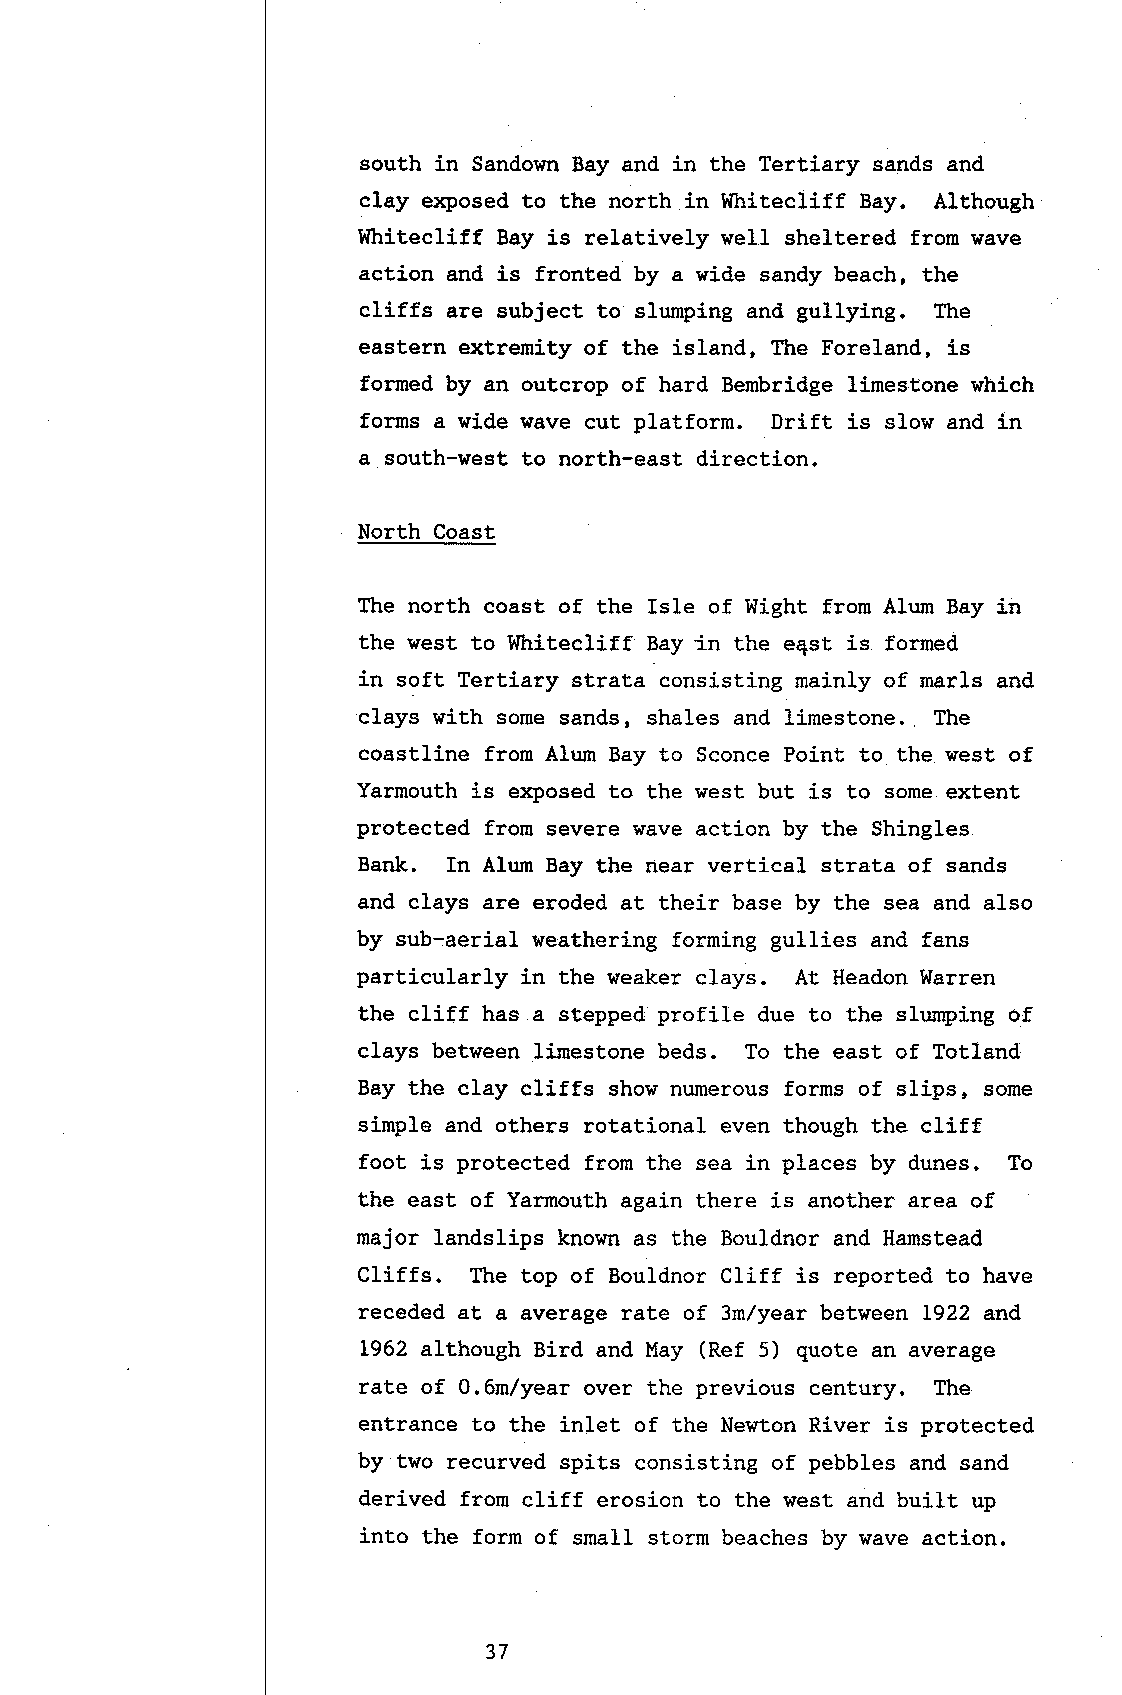
south in Sandown Bay and in the Tertiary sands and
 clay e:<posed to the north in Whitecliff Bay. Although
 Whitecliff Bay is relatively well sheltered from wave
 action and is fronted by a wide sandy beach, the
 cliffs are subject to slumping and gullying. The
 eastern extremity of the island, The Foreland, is
 formed by an outcrop of hard Bembridge limestone which
 forms a wide wave cut platform. Drift is slow and in
 a south-west to north-east direction.
 North Coast
 The north eoast of the Isle of i,light from Alum Bay in
 the west to Whitecliff Bay tn the e4st is formed
 in soft Tertiary strata consisting mainly of marls and
 clays with some sands, shales and limestone. The
 coastline from AIum Bay to Sconce Point to the west of
 Yarmouth i-s o<posed to the west but is to some extent
 protected from severe wave action by the Shingles
 Bank. In Alum Bay the near vertical strata of sands
 and clays are eroded at their base by the sea and also
 by sub-aerial weathering forming gullies and fans
 particularly in the weaker clays. At Headon Warren
 the cliff has a stepped profile due to the slumping of
 clays between limestone beds. To the east of Totland
 Bay the clay cliffs show numerous forms of slips, some
 simple and others rotational even though the cliff
 foot is protected from the sea in places by dunes. To
 the east of Yarmouth again there is another area of
 major landslips known as the Bouldnor and Harnstead
 Cliffs. The top of Bouldnor Cliff is reported to have
 receded at a average rate of 3m/year between 1922 and
 1962 although Bird and May (Ref 5) quote an average
 rate of 0.6mlyear over the previous century. The
 entrance to the inlet of the Newton Rj-ver is protected
 by two recurved spits consisting of pebbles and sand
 derived from cliff erosion to the west and built up
 into the form of small storm beaches by wave action.
 37